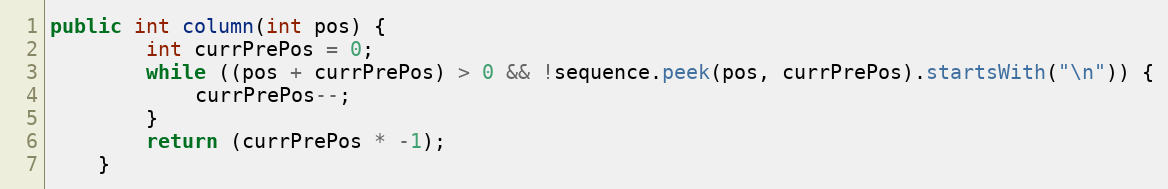
Language: Java
public int column(int pos) {
        int currPrePos = 0;
        while ((pos + currPrePos) > 0 && !sequence.peek(pos, currPrePos).startsWith("\n")) {
            currPrePos--;
        }
        return (currPrePos * -1);
    }